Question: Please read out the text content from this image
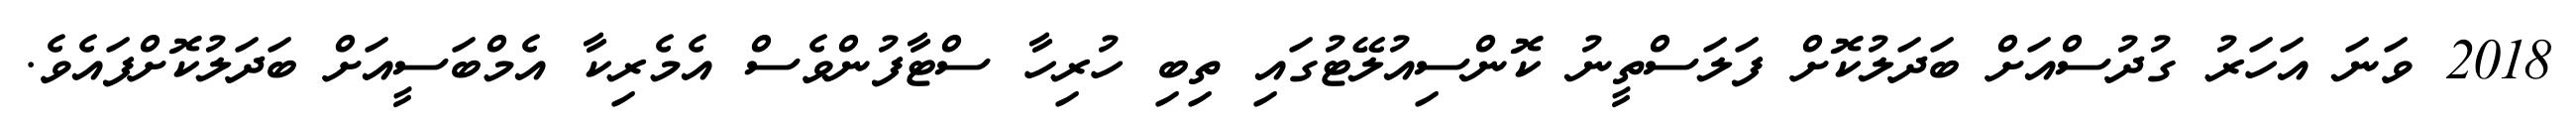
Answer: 2018 ވަނަ އަހަރު ގުދުސްއަށް ބަދަލުކޮށް ފަލަސްތީނު ކޮންސިއުލޭޓުގައި ތިބި ހުރިހާ ސްޓާފުންވެސް އެމެރިކާ އެމްބަސީއަށް ބަދަލުކޮށްފައެވެ.